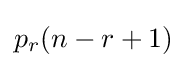
{\textstyle p_{r}(n-r+1)}